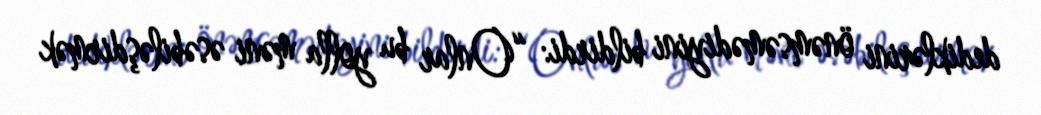
dediklərini önəmsəmədiyini bildirdi: “Onlar bu yolla məni əsəbiləşdirmək